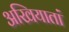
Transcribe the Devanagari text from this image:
अखियातां